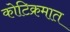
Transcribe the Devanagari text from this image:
कोटिक्रमात